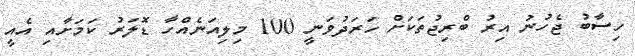
ހިސާބު ޖެހުނު އިރު ބްރިޖުތަކަށް ހަރަދުވަނީ 100 މިލިއަނެއްހާ ޑޮލަރު ކަމަށާއި އެއީ